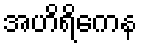
အဟိရိကေန